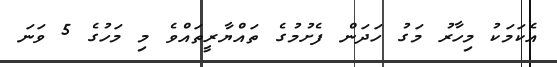
އެކަމަކު މިހާރު މަގު ހަދަން ފެށުމުގެ ތައްޔާރީތައްވެ މި މަހުގެ 5 ވަނަ